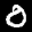
Label: 0